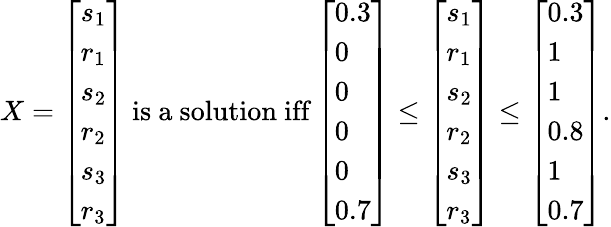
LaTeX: \begin{array}{r}{X=\left[\begin{array}{l}{s_{1}}\\ {r_{1}}\\ {s_{2}}\\ {r_{2}}\\ {s_{3}}\\ {r_{3}}\end{array}\right]\mathrm{~is~a~solution~iff}\left[\begin{array}{l}{0.3}\\ {0}\\ {0}\\ {0}\\ {0}\\ {0.7}\end{array}\right]\leq\left[\begin{array}{l}{s_{1}}\\ {r_{1}}\\ {s_{2}}\\ {r_{2}}\\ {s_{3}}\\ {r_{3}}\end{array}\right]\leq\left[\begin{array}{l}{0.3}\\ {1}\\ {1}\\ {0.8}\\ {1}\\ {0.7}\end{array}\right].}\end{array}